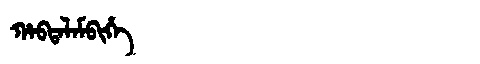
Manchu: ᡥᠠᠪᡨᠠᠯᠠᠮᠪᡳᡥᡝ
Romanization: HABTALAMBIHE